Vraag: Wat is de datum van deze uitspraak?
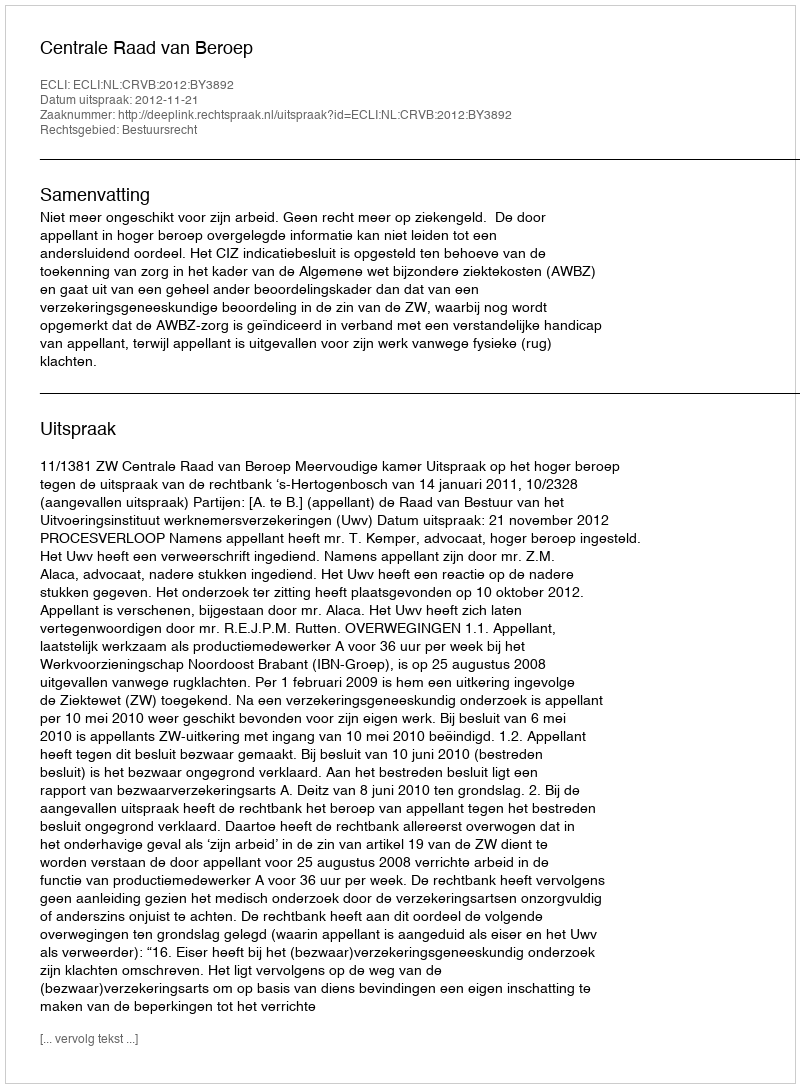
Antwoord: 2012-11-21